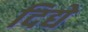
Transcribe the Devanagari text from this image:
दिद्ये